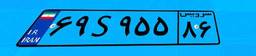
۶۹S۹۵۵۸۶